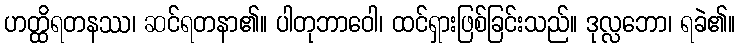
ဟတ္ထိရတနဿ၊ ဆင်ရတနာ၏။ ပါတုဘာဝေါ၊ ထင်ရှားဖြစ်ခြင်းသည်။ ဒုလ္လဘော၊ ရခဲ၏။